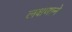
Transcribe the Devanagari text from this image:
लक्षणाने